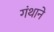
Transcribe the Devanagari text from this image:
गंथाने